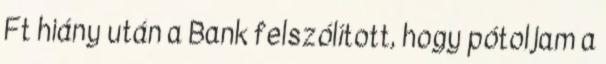
Ft hiány után a Bank felszólított, hogy pótoljam a